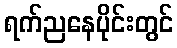
ရက်ညနေပိုင်းတွင်